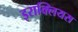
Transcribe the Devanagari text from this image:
इराक्लियस